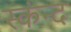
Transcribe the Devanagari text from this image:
स्कंन्द